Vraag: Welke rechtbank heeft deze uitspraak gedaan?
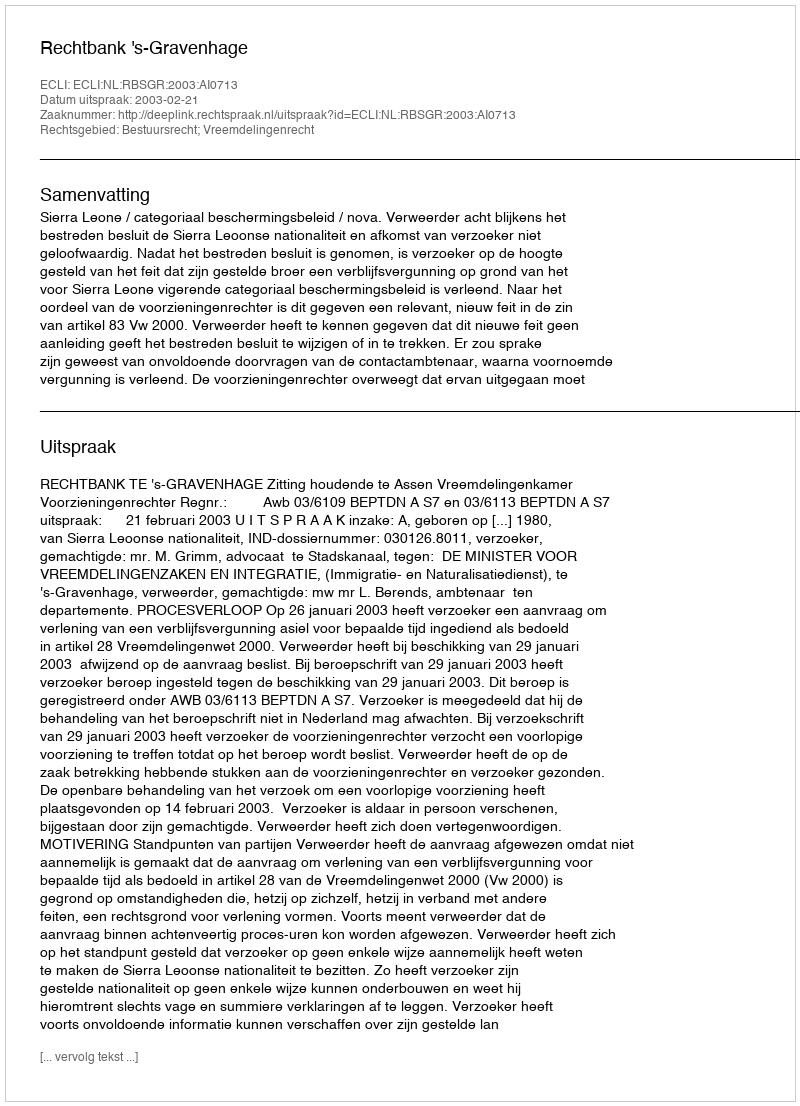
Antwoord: Rechtbank 's-Gravenhage